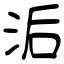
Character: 洉